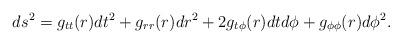
LaTeX: \begin{align*}ds^2=g_{tt}(r)dt^2+g_{rr}(r)dr^2+2g_{t\phi}(r)dtd\phi+g_{\phi\phi}(r)d\phi^2.\end{align*}